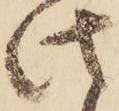
此